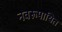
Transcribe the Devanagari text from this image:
नवरूपायित